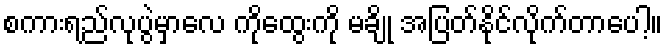
စကားရည်လုပွဲမှာလေ ကိုထွေးကို မချို အပြတ်နိုင်လိုက်တာပေါ့။